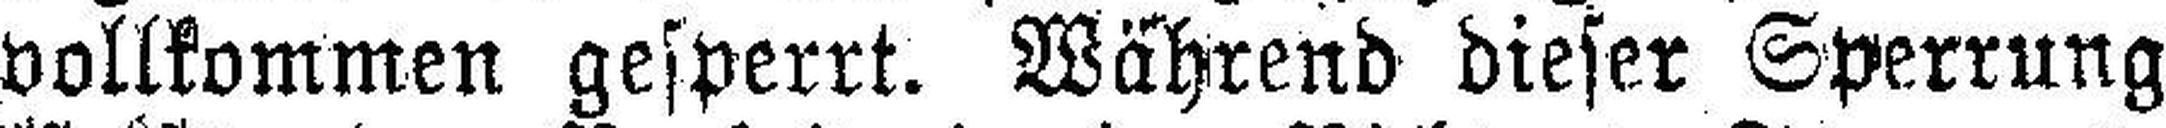
vollkommen gesperrt. Während dieser Sperrung